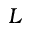
L